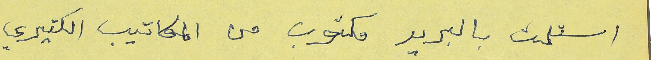
استلمت بالبريد مكتوب من المكاتيب الكتيري